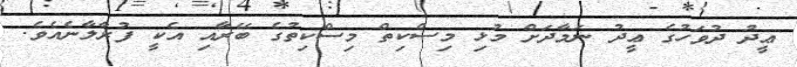
ޢީދު ދުވަހުގެ ޢީދު ނަމާދަށް މުޅި މިސްކިތް މިސްކިތުގެ ބޭރާއި އެކީ ފުރާލާނެއެވެ.